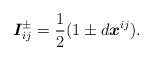
\begin{align*}\boldsymbol{I}_{ij}^{\pm }=\frac{1}{2}(1\pm d\boldsymbol{x}^{ij}).\end{align*}